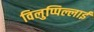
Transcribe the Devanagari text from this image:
विलुप्पिल्लाई